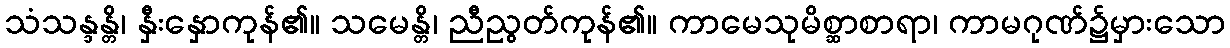
သံသန္ဒန္တိ၊ နှီးနှောကုန်၏။ သမေန္တိ၊ ညီညွတ်ကုန်၏။ ကာမေသုမိစ္ဆာစာရာ၊ ကာမဂုဏ်၌မှားသော